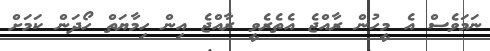
ނަމަވެސް އެ މީހުން ރާއްޖެ އެތެރެވީ ރާއްޖެ އިން ހިމާޔަތް ހޯދަން ކަމަށް